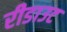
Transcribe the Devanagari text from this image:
रीडाउट